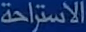
الاستراحة